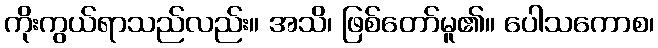
ကိုးကွယ်ရာသည်လည်း။ အသိ၊ ဖြစ်တော်မူ၏။ ပေါသကောစ၊